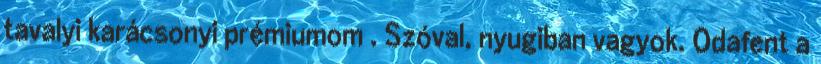
tavalyi karácsonyi prémiumom . Szóval, nyugiban vagyok. Odafent a